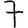
Digit: 7